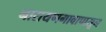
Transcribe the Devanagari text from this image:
नारायणगावापासून